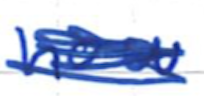
Text: now
Cross-out: scratch
Writing tool: ballpoint